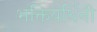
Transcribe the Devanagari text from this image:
भक्तिवर्धिनी